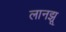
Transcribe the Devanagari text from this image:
लानझू